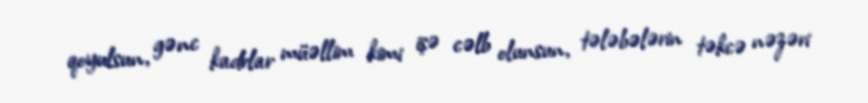
qoyulsun, gənc kadrlar müəllim kimi işə cəlb olunsun, tələbələrin təkcə nəzəri